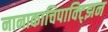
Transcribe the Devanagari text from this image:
नानाकाचिपाक्ट्झिन